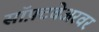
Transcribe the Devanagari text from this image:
सॉफ़्टवेअरवर